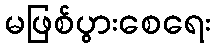
မဖြစ်ပွားစေရေး